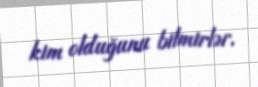
kim olduğunu bilmirlər.